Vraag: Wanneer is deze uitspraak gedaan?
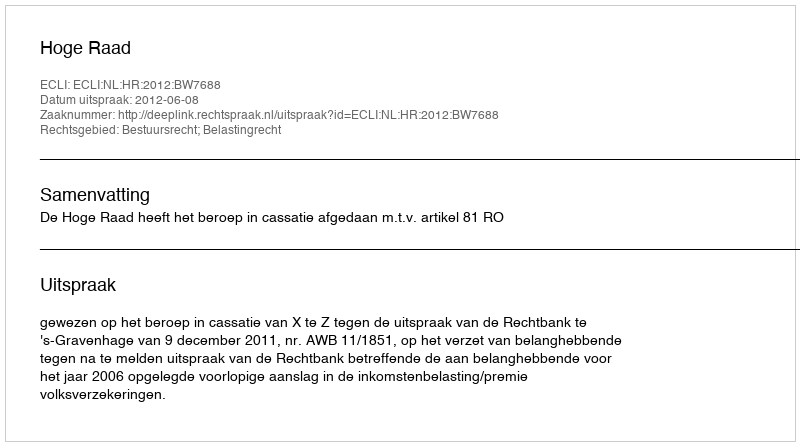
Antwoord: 2012-06-08